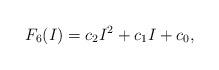
LaTeX: \begin{align*}F_6(I)=c_2 I^2+c_1 I+c_0,\end{align*}